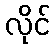
လိုင်